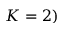
K = 2 )